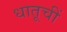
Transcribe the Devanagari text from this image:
धातूचीं